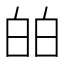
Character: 㿟